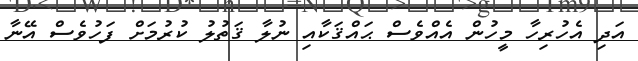
އަދި އެހުރިހާ މީހުން އެއްވެސް ޙައްޤަކާއި ނުލާ ޤަތުލު ކުރުމަށް ފަހުވެސް އޭނާ